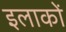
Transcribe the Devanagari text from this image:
इलाकाें